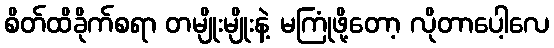
စိတ်ထိခိုက်စရာ တမျိုးမျိုးနဲ့ မကြုံဖို့တော့ လိုတာပေါ့လေ